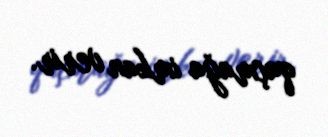
qaçmağa imkan verir.